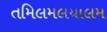
તમિલમલયાલમ